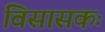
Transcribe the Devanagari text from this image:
विसासकः